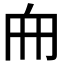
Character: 𠂥